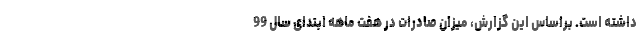
داشته است. براساس این گزارش، میزان صادرات در هفت ماهه ابتدای سال 99